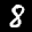
Label: 8